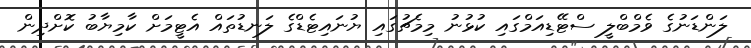
ލަންޑަނުގެ ވެމްބްލީ ސްޓޭޑިއަމްގައި ކުޅުނު މިމެޗުގައި ޔުނައިޓެޑްގެ ލަނޑުތައް އެޓީމަށް ކާމިޔާބު ކޮށްދިން